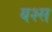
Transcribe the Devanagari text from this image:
यश्स